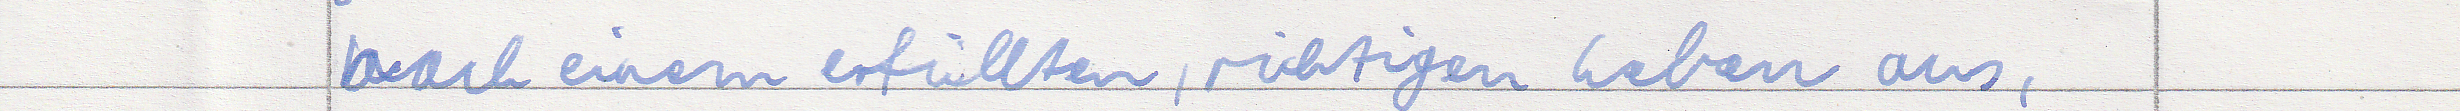
nach einem erfüllten, richtigen Leben aus,